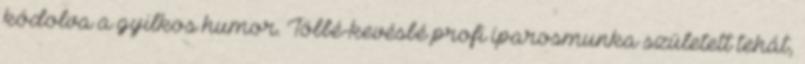
kódolva a gyilkos humor. Többé-kevésbé profi iparosmunka született tehát,